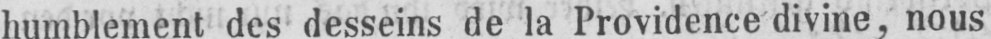
humblement des desseins de la Providence divine, nous